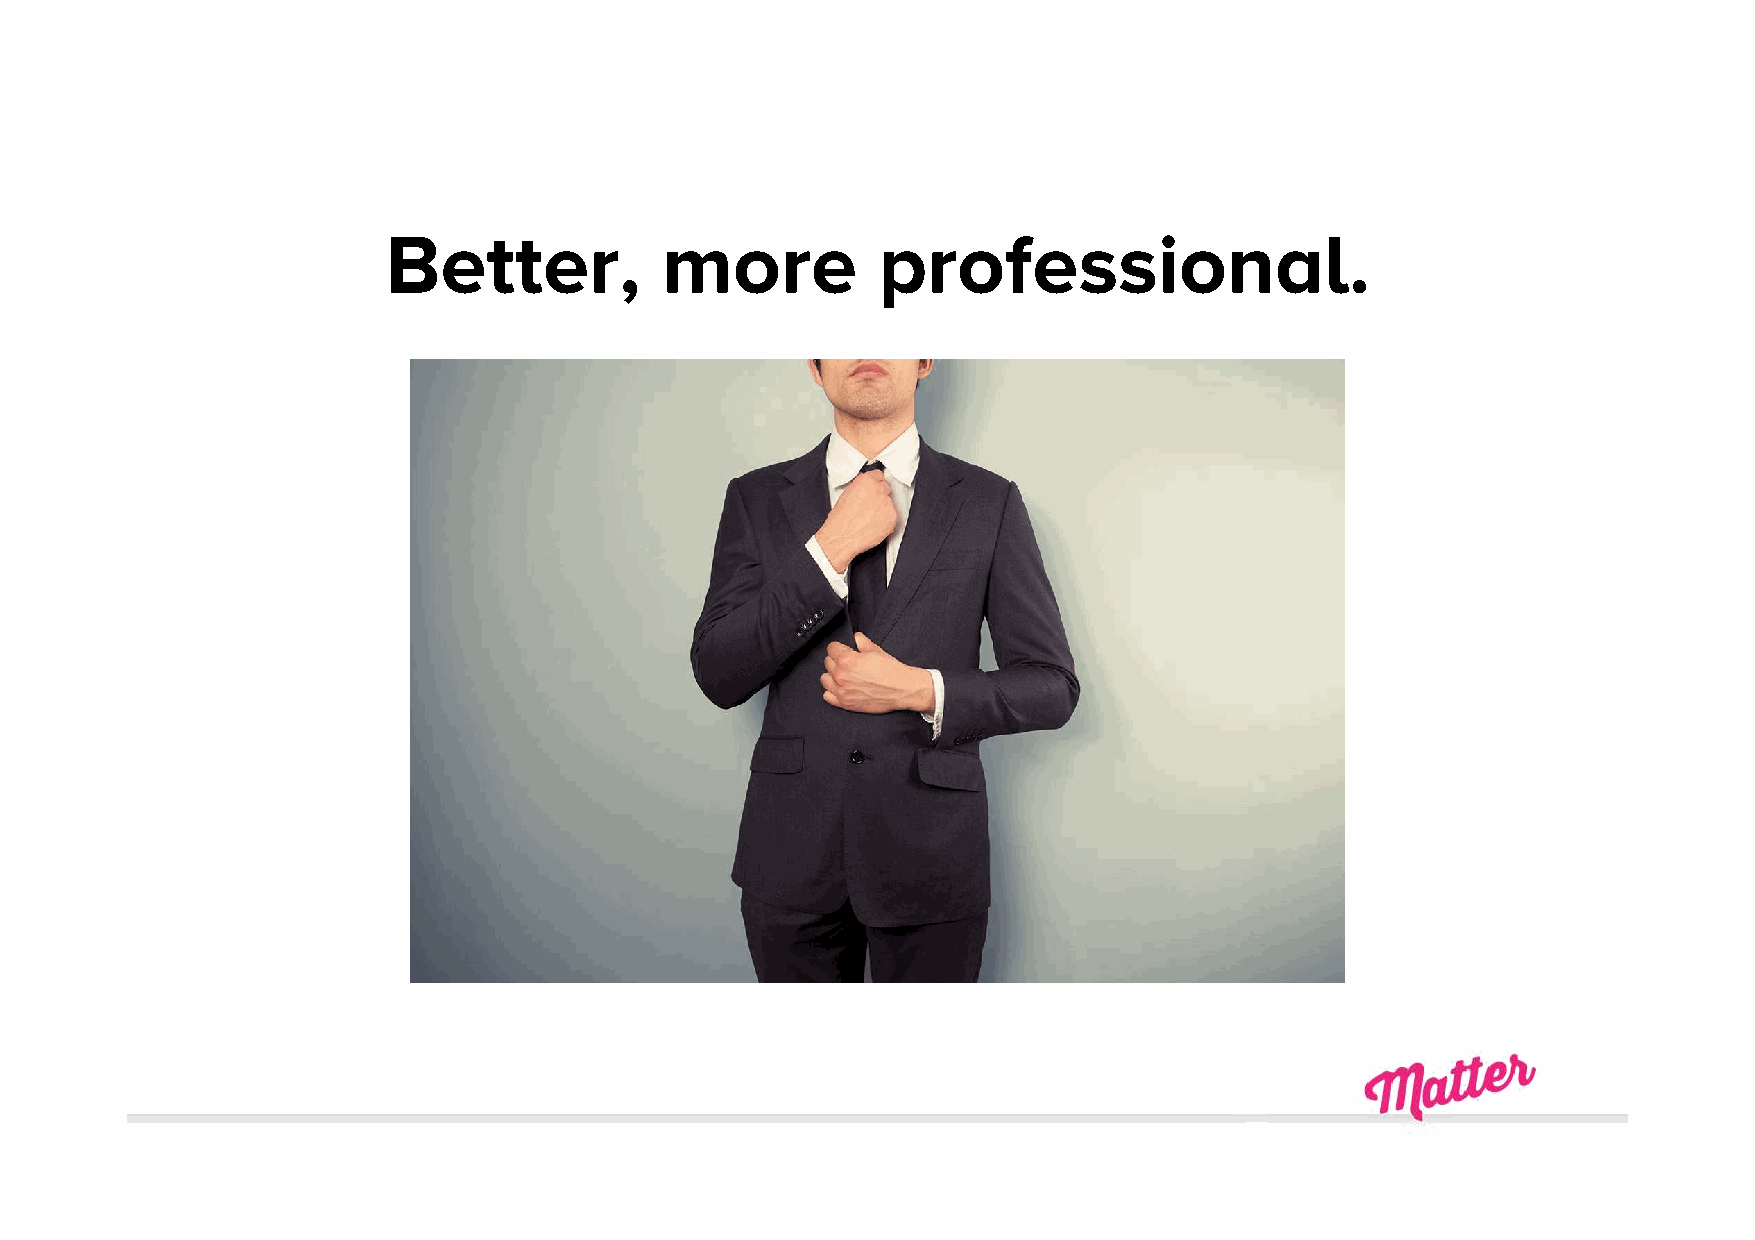
Better,            more          professional.